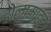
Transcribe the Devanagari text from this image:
डोलामाइट